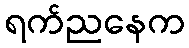
ရက်ညနေက